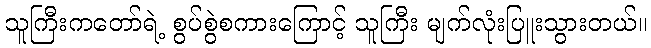
သူကြီးကတော်ရဲ့ စွပ်စွဲစကားကြောင့် သူကြီး မျက်လုံးပြူးသွားတယ်။